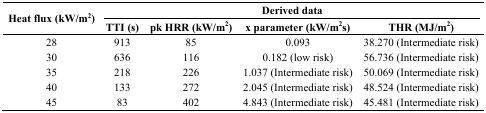
| <ROWSPAN=2> Heat flux (kW/m2) | <COLSPAN=4> Derived data |
 | TTI (s) | pk HRR (kW/m2) | x parameter (kW/m2s) | THR (MJ/m2) |
 | --- | --- | --- | --- | --- |
 | 28 | 913 | 85 | 0.093 | 38.270 (Intermediate risk) |
 | 30 | 636 | 116 | 0.182 (low risk) | 56.736 (Intermediate risk) |
 | 35 | 218 | 226 | 1.037 (Intermediate risk) | 50.069 (Intermediate risk) |
 | 40 | 133 | 272 | 2.045 (Intermediate risk) | 48.524 (Intermediate risk) |
 | 45 | 83 | 402 | 4.843 (Intermediate risk) | 45.481 (Intermediate risk) |